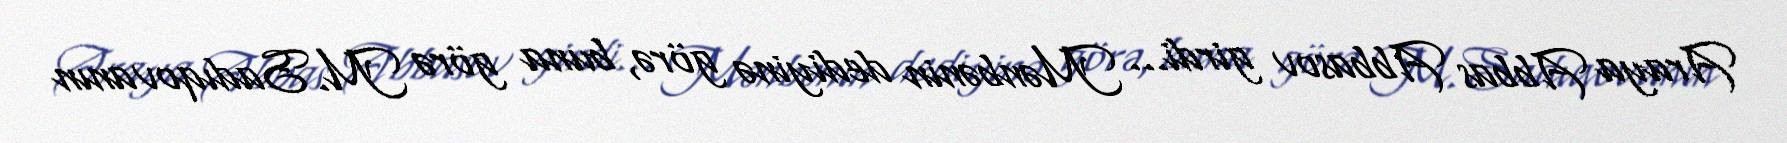
Araya Abbas Abbasov girdi... Mənbənin dediyinə görə, buna görə M.Sadıqovanın